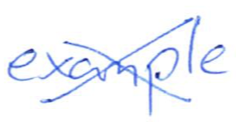
Text: example
Cross-out: cross
Writing tool: ballpoint